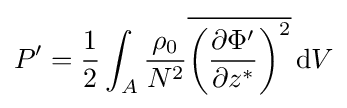
P'={\frac {1}{2}}\int _{A}{\frac {\rho _{0}}{N^{2}}}{\overline {\left({\frac {\partial \Phi '}{\partial z^{*}}}\right)^{2}}}\,\mathrm {d} V